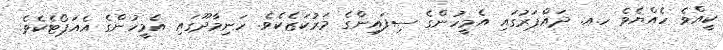
ކީއްވެ ހެއްޔެވެ ހ.އ. ދައްޕަރުގައި އެމީހުންގެ ސިފައިންގެ މަރުކަޒެކެވެ. ހަނިމާދޫގައި އެމީހުންގެ އެއަޕޯޓެކެވެ.